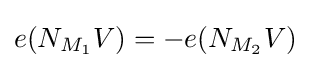
e(N_{M_{1}}V)=-e(N_{M_{2}}V)